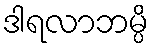
ဒါရလာဘမ္ပိ